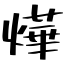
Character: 燁